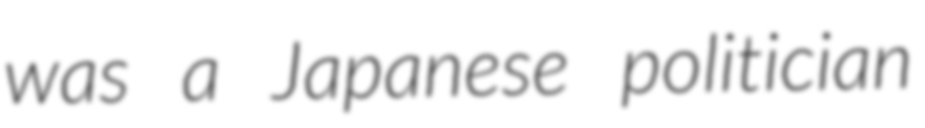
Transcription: was a Japanese politician